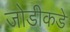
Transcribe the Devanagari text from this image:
जोडीकडे